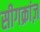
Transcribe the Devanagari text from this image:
सीगक्रांज़